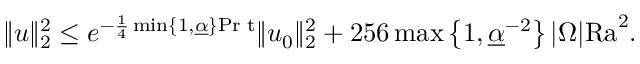
\begin{array} { r } { \| u \| _ { 2 } ^ { 2 } \leq e ^ { - \frac { 1 } { 4 } \operatorname* { m i n } \lbrace 1 , \underline { { \alpha } } \rbrace \mathrm { { P r } \phantom { . } t } } \| u _ { 0 } \| _ { 2 } ^ { 2 } + 2 5 6 \operatorname* { m a x } \left\lbrace 1 , \underline { { \alpha } } ^ { - 2 } \right\rbrace | \Omega | \mathrm { { R a } } ^ { 2 } . } \end{array}